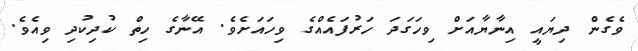
ވެގެން ދިޔައީ އިނާޔާއަށް ވިހަގަދަ ހަރުފައެއްގެ ވިހައަށެވެ. އޭނާގެ ހިތް ކުދިކުދި ވިއެވެ.